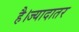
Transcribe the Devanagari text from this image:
है।ज्यादातर